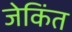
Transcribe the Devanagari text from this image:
जेकिंत